Lyperosia minuta, Bezzi - Number 59
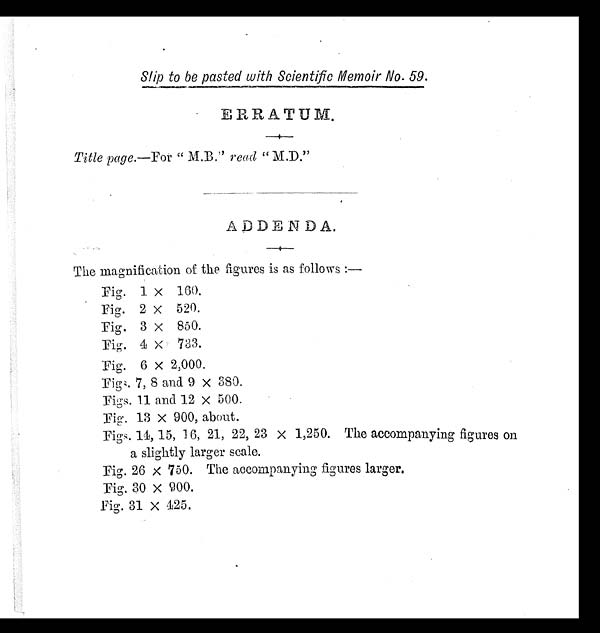
Slip to be pasted with Scientific Memoir No. 59.
ERRATUM.
Title page. —For " M.B." read "M.D."
ADDENDA.
The magnification of the figures is as follows:—
Fig. 1 x 160.
Fig. 2 x 520.
Fig. 3 x 850.
Fig. 4 x 733.
Fig. 6 x 2,000.
Figs. 7, 8 and. 9 x 380.
Figs. 11 and 12 x 500.
Fig. 13 x 900, about.
Figs. 14, 15, 16, 21, 22, 23 x 1,250. The accompanying figures on
a slightly larger scale.
Fig. 26 x 750. The accompanying figures larger.
Fig. 30 x 900.
Fig. 31 x 425.